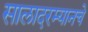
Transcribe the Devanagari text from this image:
सालादरम्यानचे